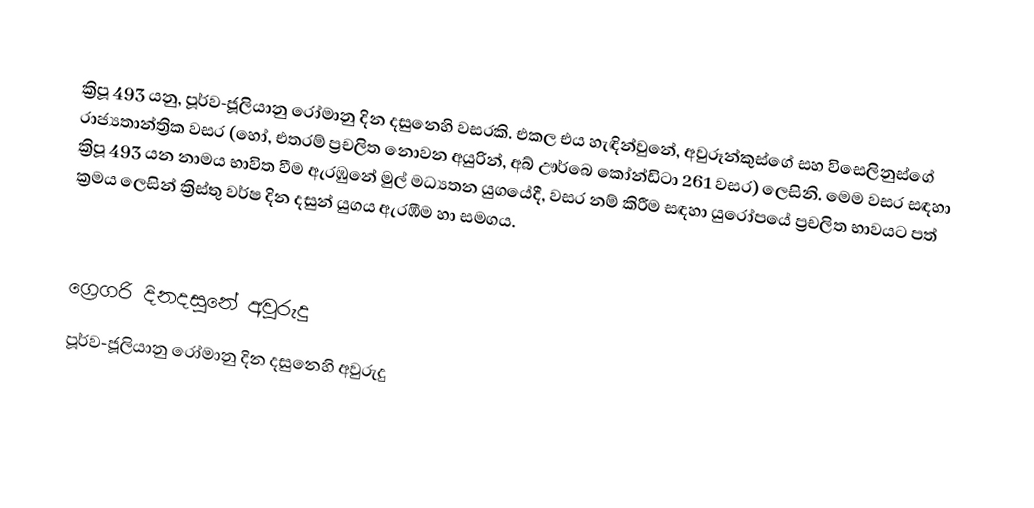

ක්‍රිපූ 493 යනු, පූර්ව-ජූලියානු රෝමානු දින දසුනෙහි වසරකි. එකල එය හැඳින්වුනේ, අවුරූන්කුස්ගේ සහ විසෙලිනුස්ගේ රාජ්‍යතාන්ත්‍රික වසර (හෝ, එතරම් ප්‍රචලිත නොවන අයුරින්, අබ් ඌර්බෙ කෝන්ඩිටා 261 වසර) ලෙසිනි. මෙම වසර සඳහා ක්‍රිපූ 493 යන නාමය භාවිත වීම ඇරඹුනේ මුල්  මධ්‍යතන යුගයේදී, වසර නම් කිරීම සඳහා යුරෝපයේ ප්‍රචලිත භාවයට පත් ක්‍රමය ලෙසින් ක්‍රිස්තු වර්ෂ දින දසුන් යුගය ඇරඹීම හා සමගය.

ග්‍රෙගරි දිනදසුනේ අවුරුදු
පූර්ව-ජූලියානු රෝමානු දින දසුනෙහි අවුරුදු